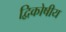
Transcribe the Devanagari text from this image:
द्विकोषीय